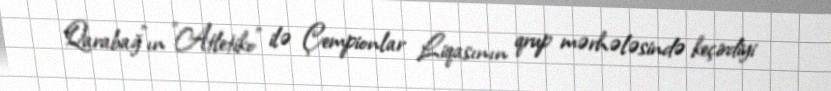
Qarabağ"ın "Atletiko" ilə Çempionlar Liqasının qrup mərhələsində keçirdiyi